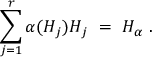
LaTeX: \sum _ { j = 1 } ^ { r } \alpha ( H _ { j } ) H _ { j } ~ = ~ H _ { \alpha } ~ .